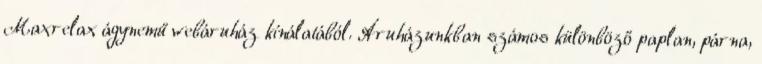
Maxrelax ágynemű webáruház kínálatából. Áruházunkban számos különböző paplan, párna,